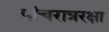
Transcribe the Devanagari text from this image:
पांचरात्ररक्षा